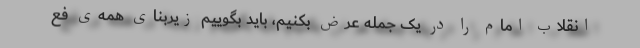
انقلاب امام را در یک جمله عرض بکنیم، باید بگوییم زیربنای همه‌ی فع